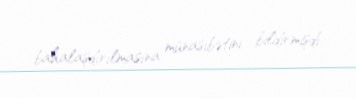
bahalaşdırılmasına münasibətini bildirmişdi.